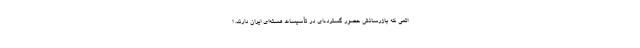
اتمی که بازرسانش حضور گسترده‌ای در تأسیسات هسته‌ای ایران دارند، ا